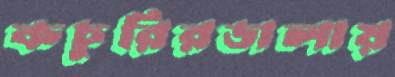
কচুরিরডালায়